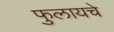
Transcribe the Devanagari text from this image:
फुलायचे